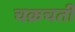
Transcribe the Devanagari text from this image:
चक्रचती